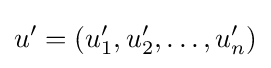
u'=(u'_{1},u'_{2},\dots ,u'_{n})